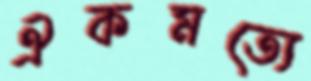
ঐকমত্যে